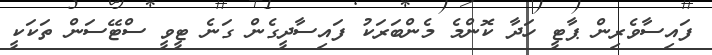
ފައިސާވެރިން ޕާޓީ ހަދާ ކޮންމެ މެންބަރަކު ފައިސާދީގެން ގަނެ ޓީވީ ސްޓޭސަން ތަކަކީ